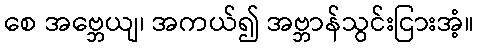
စေ အဗ္ဘေယျ၊ အကယ်၍ အဗ္ဘာန်သွင်းငြားအံ့။